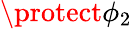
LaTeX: \protect\phi_{2}